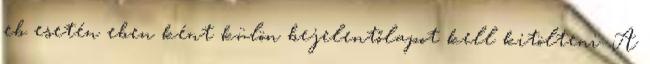
eb esetén eben ként külön bejelentőlapot kell kitölteni. A